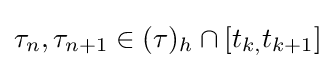
\tau _{n},\tau _{n+1}\in (\tau )_{h}\cap \lbrack t_{k,}t_{k+1}]